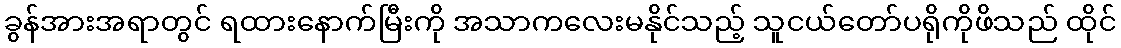
ခွန်အားအရာတွင် ရထားနောက်မြီးကို အသာကလေးမနိုင်သည့် သူငယ်တော်ပရိုကိုဖိသည် ထိုင်